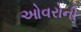
ઓવરોની